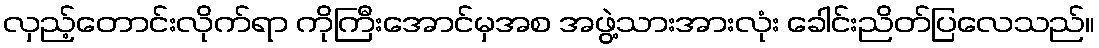
လှည့်တောင်းလိုက်ရာ ကိုကြီးအောင်မှအစ အဖွဲ့သားအားလုံး ခေါင်းညိတ်ပြလေသည်။